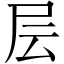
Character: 层